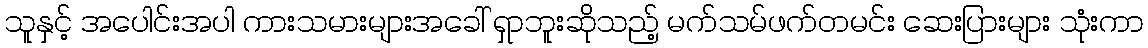
သူနှင့် အပေါင်းအပါ ကားသမားများအခေါ် ရှာဘူးဆိုသည့် မက်သမ်ဖက်တမင်း ဆေးပြားများ သုံးကာ